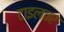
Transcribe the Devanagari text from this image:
टाइलवर